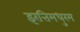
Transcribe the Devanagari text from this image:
इरत्तिमधुरम